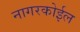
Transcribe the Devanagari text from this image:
नागरकोईल